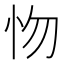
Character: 𢗘